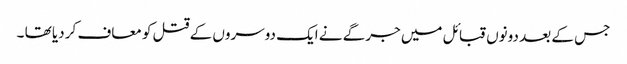
جس کے بعد دونوں قبائل میں جرگے نے ایک دوسروں کے قتل کو معاف کر دیا تھا ۔